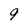
Character: 9